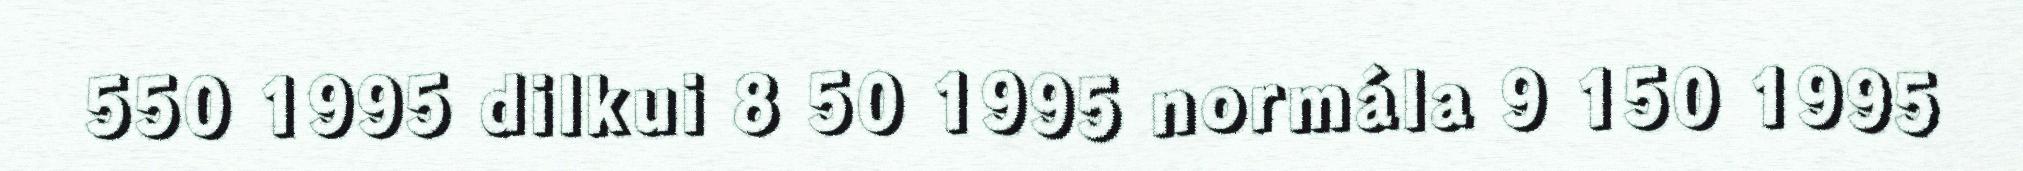
550 1995 dilkui 8 50 1995 normála 9 150 1995